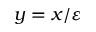
y = x / \varepsilon